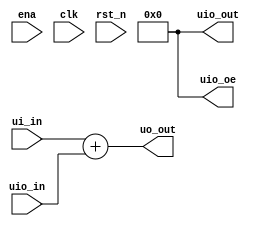
// This program was cloned from: https://github.com/emern/badGPU
// License: Apache License 2.0

/*
 * Copyright (c) 2024 Emery Nagy
 * SPDX-License-Identifier: Apache-2.0
 */

`default_nettype none

module tt_um_emern_top (
    input  wire [7:0] ui_in,    // Dedicated inputs
    output wire [7:0] uo_out,   // Dedicated outputs
    input  wire [7:0] uio_in,   // IOs: Input path
    output wire [7:0] uio_out,  // IOs: Output path
    output wire [7:0] uio_oe,   // IOs: Enable path (active high: 0=input, 1=output)
    input  wire       ena,      // always 1 when the design is powered, so you can ignore it
    input  wire       clk,      // clock
    input  wire       rst_n     // reset_n - low to reset
);

  // All output pins must be assigned. If not used, assign to 0.
  assign uo_out  = ui_in + uio_in;  // Example: ou_out is the sum of ui_in and uio_in
  assign uio_out = 0;
  assign uio_oe  = 0;

endmodule